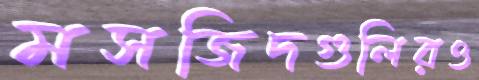
মসজিদগুলিরও